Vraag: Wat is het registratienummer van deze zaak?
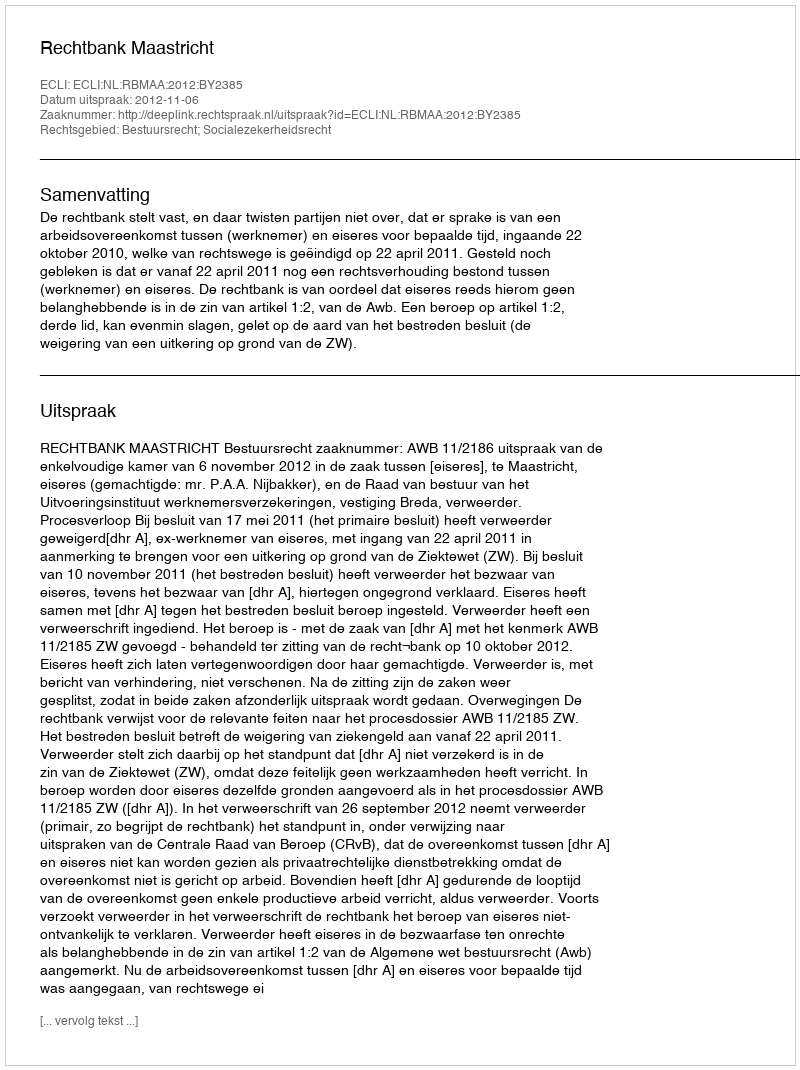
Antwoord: http://deeplink.rechtspraak.nl/uitspraak?id=ECLI:NL:RBMAA:2012:BY2385